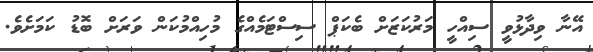
އޭނާ ވިދާޅުވީ ސިއްހީ މަރުކަޒަށް ބެކަޕް ސިސްޓަމެއްގެ މުހިއްމުކަން ވަަރަށް ބޮޑު ކަމަށެވެ.